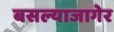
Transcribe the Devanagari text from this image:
बसल्याजागेर